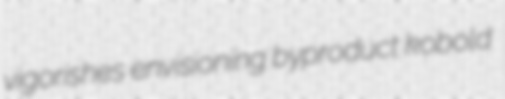
vigorishes envisioning byproduct kobold